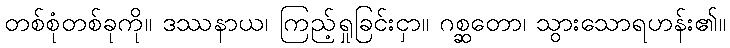
တစ်စုံတစ်ခုကို။ ဒဿနာယ၊ ကြည့်ရှုခြင်းငှာ။ ဂစ္ဆတော၊ သွားသောရဟန်း၏။